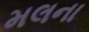
મલના